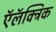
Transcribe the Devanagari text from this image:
ऍलॅक्ट्रिक